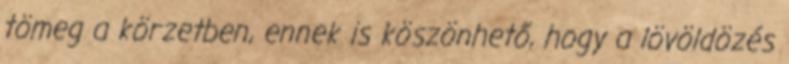
tömeg a körzetben, ennek is köszönhető, hogy a lövöldözés